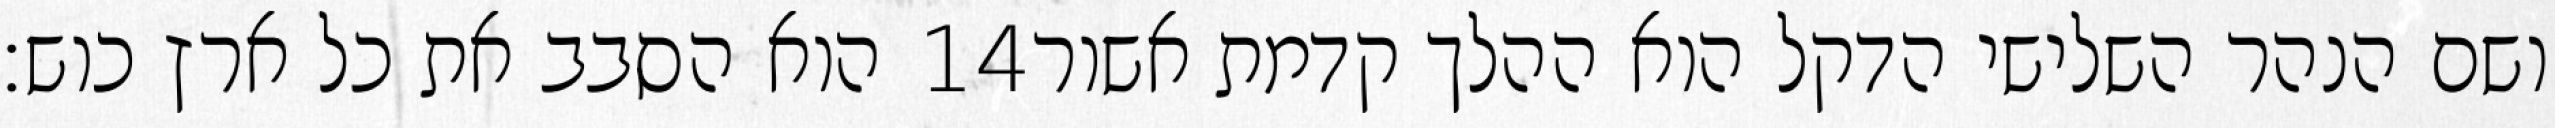
הוא הסבב את כל ארץ כוש׃ ‎14‏ ושם הנהר השלישי הדקל הוא ההלך קדמת אשור